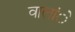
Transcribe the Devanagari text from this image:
वालांे